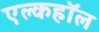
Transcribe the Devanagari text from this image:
एल्कहॉल